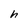
Character: h